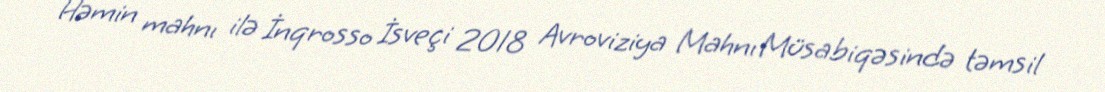
Həmin mahnı ilə İnqrosso İsveçi 2018 Avroviziya Mahnı Müsabiqəsində təmsil